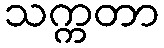
သက္ကတာ